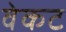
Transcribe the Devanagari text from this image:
वेकट